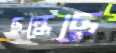
ছল্‌কেছে